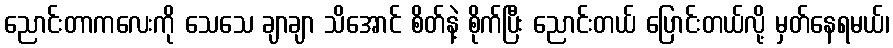
ညောင်းတာကလေးကို သေသေ ချာချာ သိအောင် စိတ်နဲ့ စိုက်ပြီး ညောင်းတယ် ပြောင်းတယ်လို့ မှတ်နေရမယ်၊